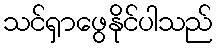
သင်ရှာဖွေနိုင်ပါသည်